Indian Civil Veterinary Department memoirs
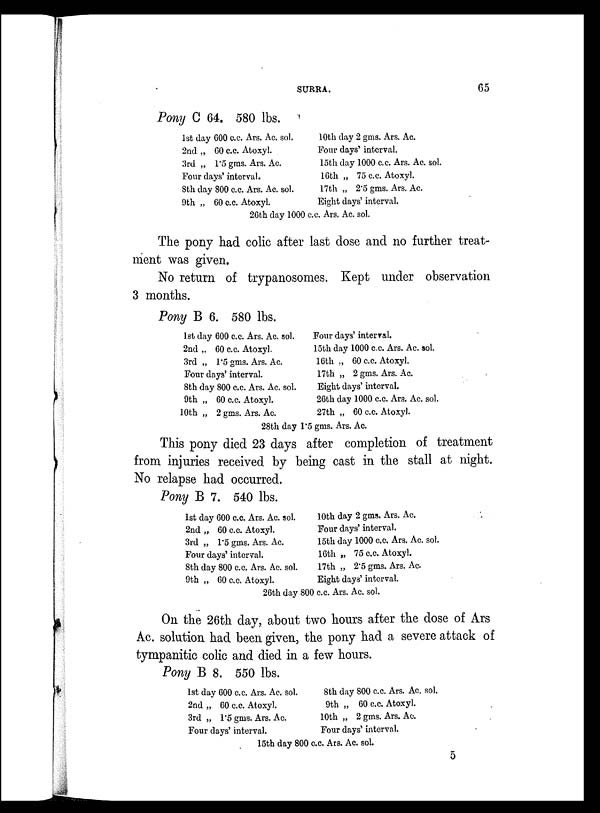
SURRA.
65
Pony C 64. 580 lbs.
1st day 600 c.c. Ars. Ac. sol.
2nd „ 60 c.c. Atoxyl.
3rd „ 1.5 gms. Ars. Ac.
Four days' interval.
8th day 800 c.c. Ars. Ac. sol.
9th „ 60 c.c. Atoxyl.
10th day 2 gms. Ars. Ac.
Four days' interval.
15th day 1000 c.c. Ars. Ac. sol.
16th „ 75 c.c. Atoxyl.
17th „ 2.5 gms. Ars. Ac.
Eight days' interval.
26th day 1000 c.c. Ars. Ac. sol.
The pony had colic after last dose and no further treat-
ment was given.
No return of trypanosomes. Kept under observation
3 months.
Pony B 6. 580 lbs.
1st day 600 c.c. Ars. Ac. sol.
2nd „ 60 c.c. Atoxyl.
3rd „ 1.5 gms. Ars. Ac.
Four days' interval.
8th day 800 c.c. Ars. Ac. sol.
9th „ 60 c.c. Atoxyl.
10th „ 2 gms. Ars. Ac.
Four days' interval.
15th day 1000 c.c. Ars. Ac. sol.
16th „ 60 c.c. Atoxyl.
17th „ 2 gms. Ars. Ac.
Eight days' interval.
26th day 1000 c.c. Ars. Ac. sol.
27th „ 60 c.c. Atoxyl.
28th day 1.5 gms. Ars. Ac.
This pony died 23 days after completion of treatment
from injuries received by being cast in the stall at night.
No relapse had occurred.
Pony B 7. 540 lbs.
1st day 600 c.c. Ars. Ac. sol.
2nd „ 60 c.c. Atoxyl.
3rd „ 1.5 gms. Ars. Ac.
Four days' interval.
8th day 800 c.c. Ars. Ac. sol.
9th „ 60 c.c. Atoxyl.
10th day 2 gms. Ars. Ac.
Four days' interval.
15th day 1000 c.c. Ars. Ac. sol.
16th „ 75 c.c. Atoxyl.
17th „ 2.5 gms. Ars. Ac
Eight days' interval.
26th day 800 c.c. Ars. Ac. sol.
On the 26th day, about two hours after the dose of Ars
Ac. solution had been given, the pony had a severe attack of
tympanitic colic and died in a few hours.
Pony B 8. 550 lbs.
1st day 600 c.c. Ars. Ac. sol.
2nd „ 60 c.c. Atoxyl.
3rd „ 1.5 gms. Ars. Ac.
Four days' interval.
8th day 800 c.c. Ars. Ac. sol.
9th „ 60 c.c. Atoxyl.
10th „ 2 gms. Ars. Ac.
Four days' interval.
15th day 800 c.c. Ars. Ac. sol.
5